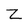
Character: Z